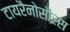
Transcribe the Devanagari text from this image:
टायरैनोसौरस